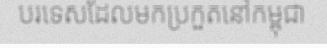
បរទេសដែលមកប្រកួតនៅកម្ពុជា